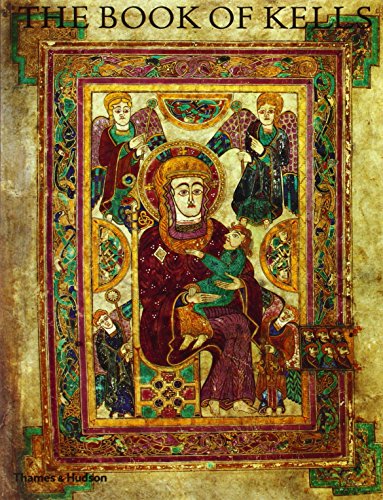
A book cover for The Book of Kells: An Illustrated Introduction to the Manuscript in Trinity College, Dublin (Second Edition); Bernard Meehan; Arts & Photography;